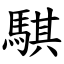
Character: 騏